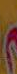
م